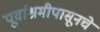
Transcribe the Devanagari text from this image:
पूर्वाश्रमीपासूनचे